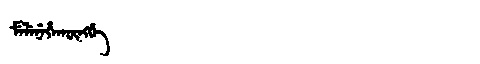
Manchu: ᠮᡝᠯᡝᠨᡝᡥᠠᡴᡡᠩᡤᡝ
Romanization: MELENEHAKŪNGGE